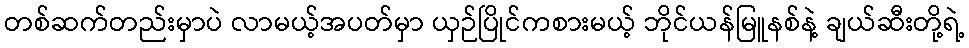
တစ်ဆက်တည်းမှာပဲ လာမယ့်အပတ်မှာ ယှဉ်ပြိုင်ကစားမယ့် ဘိုင်ယန်မြူနစ်နဲ့ ချယ်ဆီးတို့ရဲ့